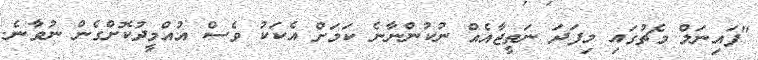
"ފައިނަލް މެޗުގައި މިފަދަ ނަތީޖާއެއް ނުކުންނާނެ ކަމަށް އެކަކު ވެސް އުއްމީދުކޮށްގެން ނުވާނެ.